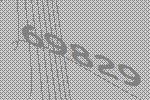
69829